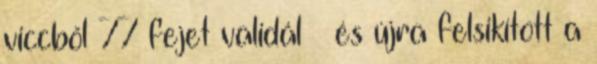
viccből 77 fejet validál – és újra felsikított a